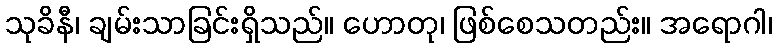
သုခိနီ၊ ချမ်းသာခြင်းရှိသည်။ ဟောတု၊ ဖြစ်စေသတည်း။ အရောဂါ၊